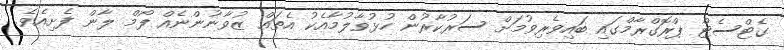
ގެޓްސެޓް ޕްރޮގްރާމްގައި ބައިވެރިވުމަށް ސަރުކާރުން ހުޅުވާލުމާއެކު އެތައް ޒުވާނުންނެއް ފޯމް ލާން ފެށިއެވެ.